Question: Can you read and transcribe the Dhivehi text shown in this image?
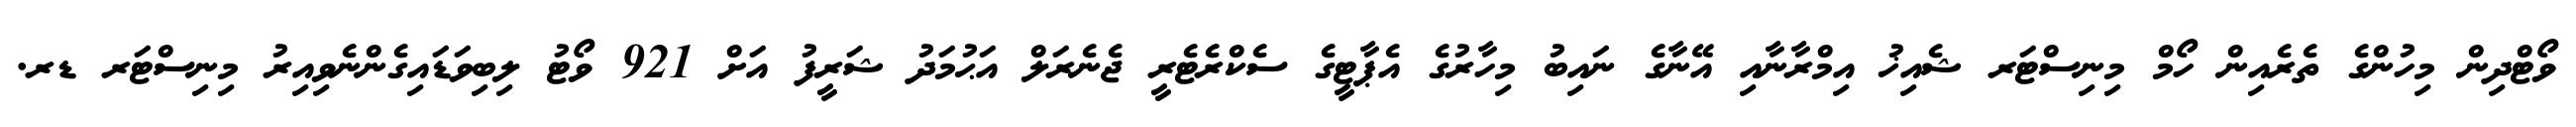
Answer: ވޯޓްދިން މިހުންގެ ތެރެއިން ހޯމް މިނިސްޓަރ ޝެއިޚު އިމްރާނާއި އޭނާގެ ނައިބު މިހާރުގެ އެޕާޓީގެ ސެކްރެޓެރީ ޖެނެރަލް އަޙުމަދު ޝަރީފު އަށް 921 ވޯޓު ލިބިވަޑައިގެންނެވިއިރު މިނިސްޓަރ ޑރ.